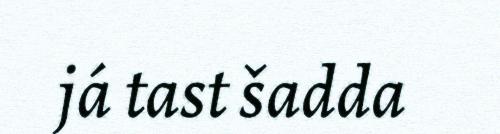
já tast šadda